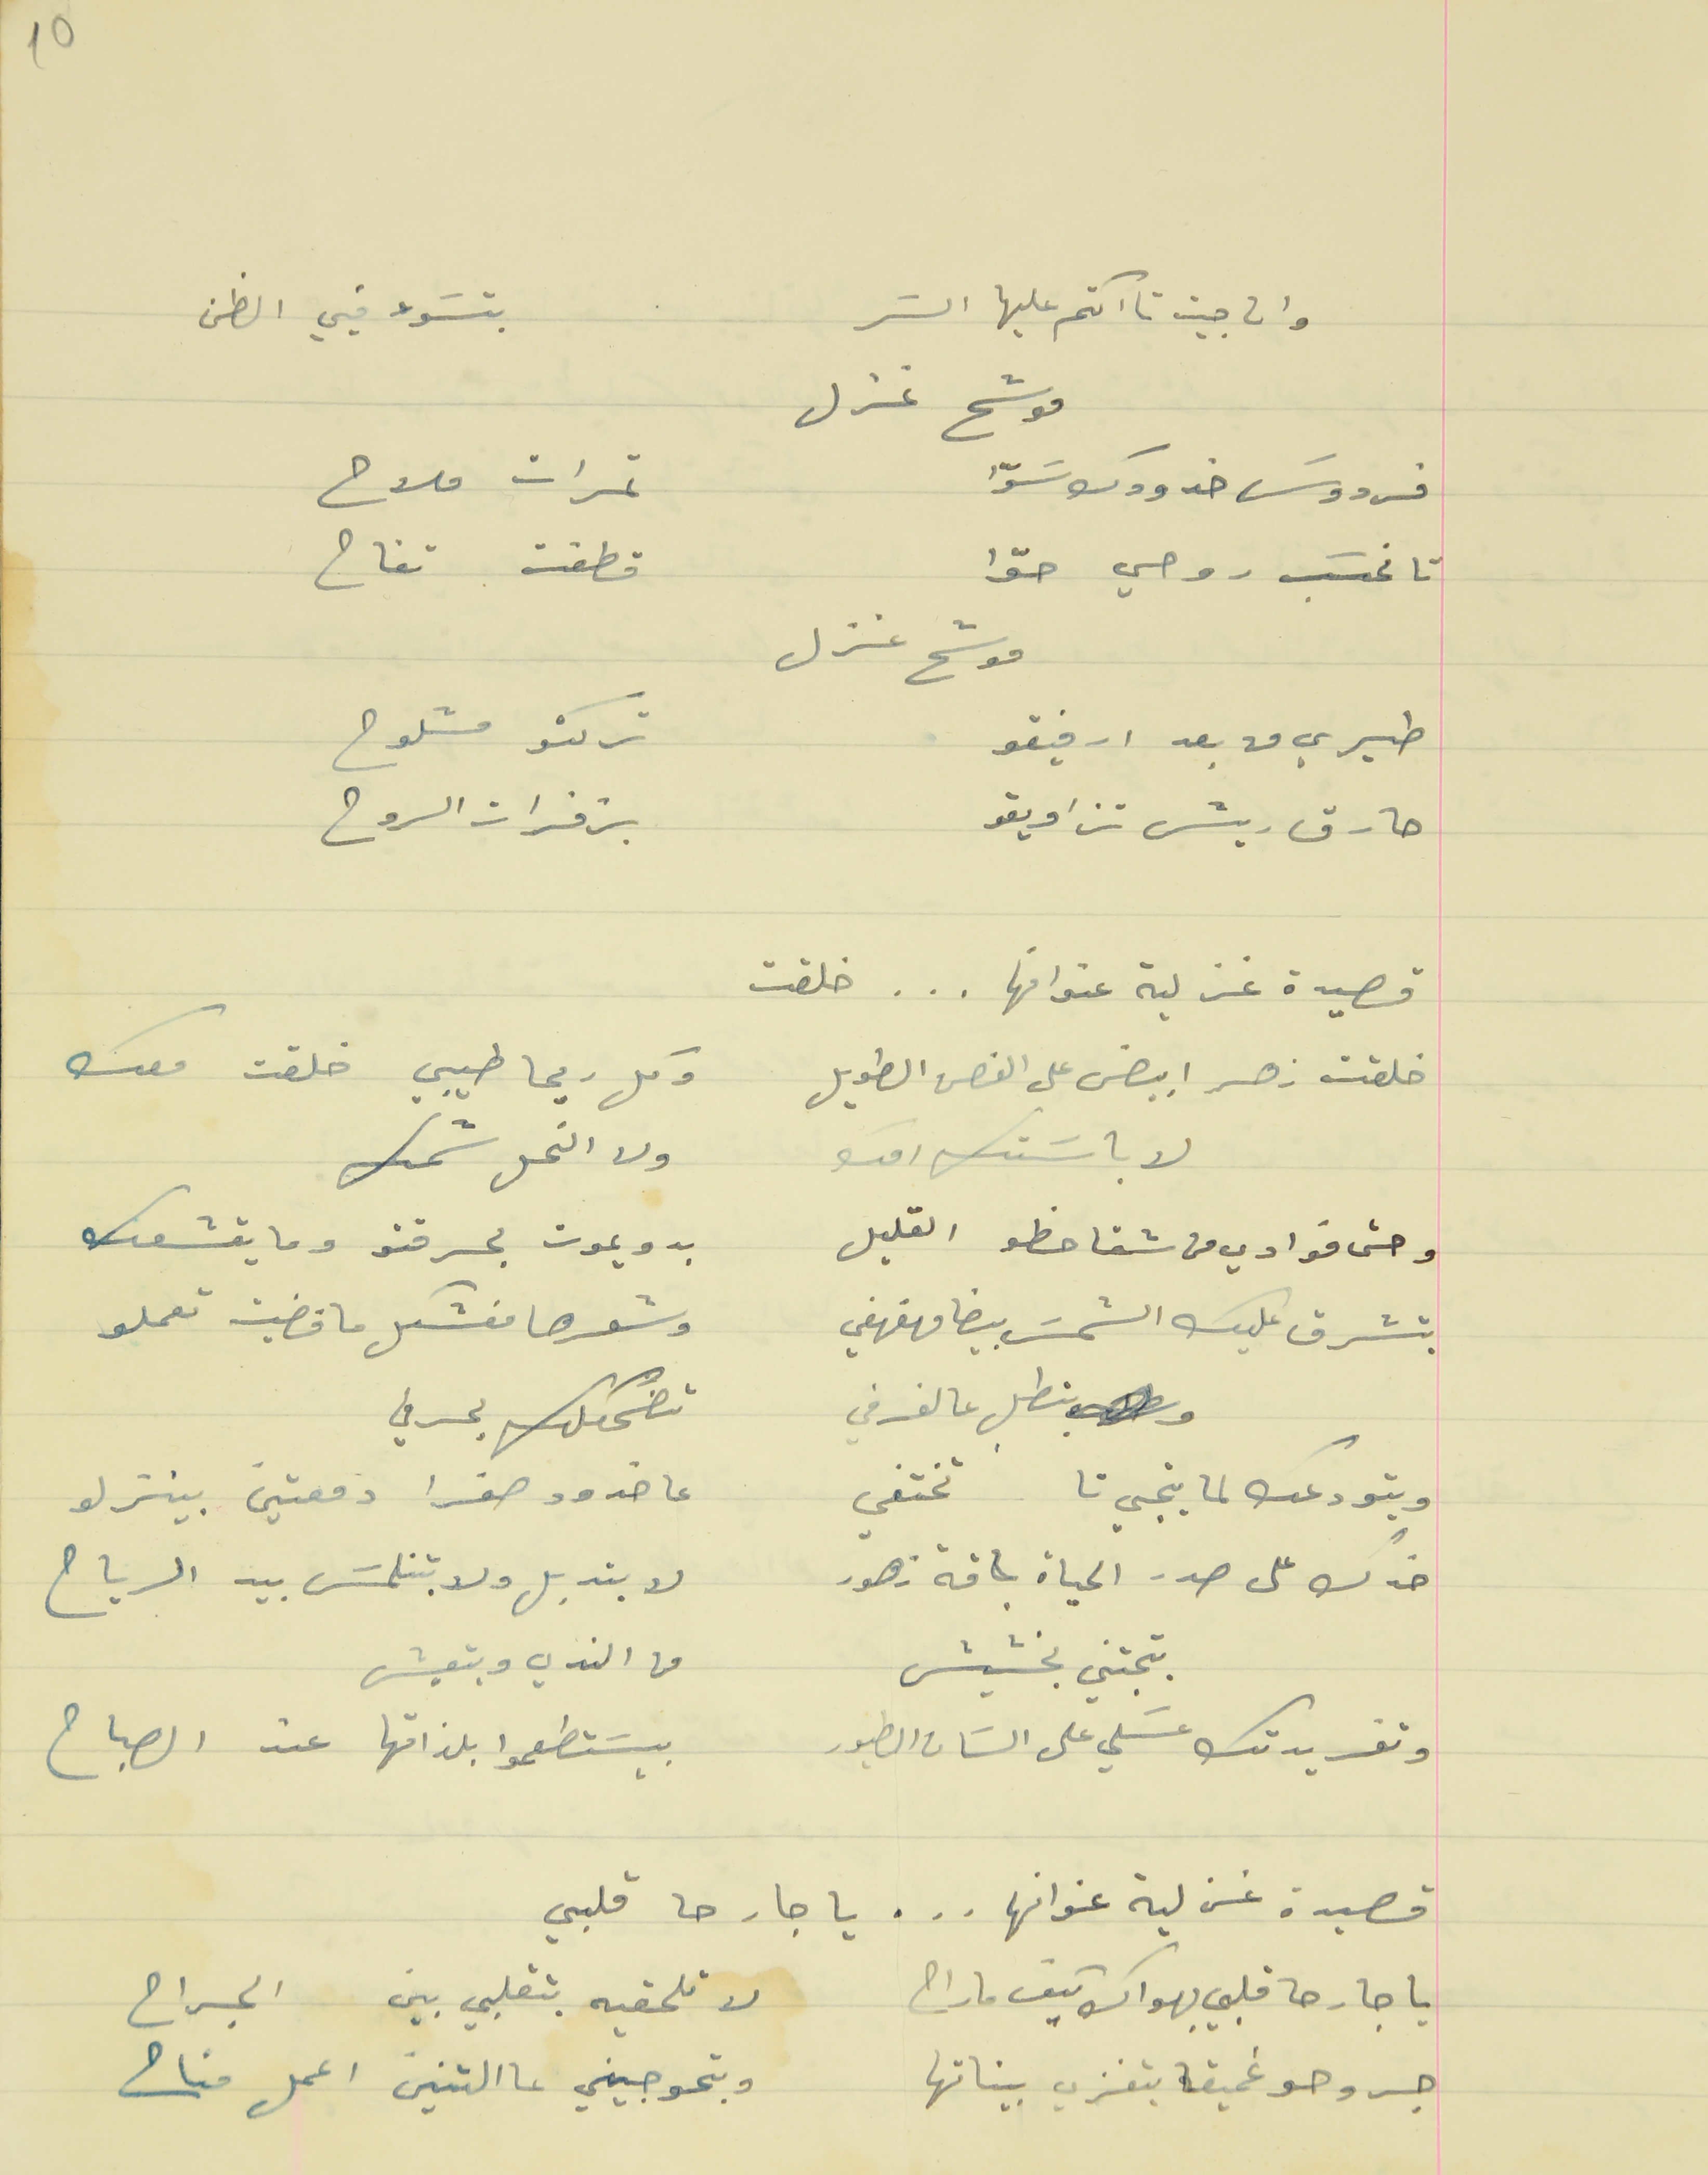
وان جيت تااكتم عليها السَر                                 بتسَوء فيي الظن
فردوسَ خدودك سَوّا                                  ثمرات ملاح
تا نحسَب روحي حوّا                                   قطفت تفاح
موشح غزل
طيري من بعد ارفيقو                                 تركتو مشلوح
حارق ريش تزاويقو                                    بزفرات الروح
قصيدة غزلية عنوانها . . . خلقت
خلقت زهر ابيض على الغصن الطويل                        وكل ريحا طيبي خلقت معك
لا باسَتك امك                                     ولا النحل شمك
وحتى فوادي من شقا حظو القليل                                  بدو يموت بحرقتو وما يقشعك
 بتشرق عليك الشمسَ بيضا مهفهفي                           وشعرها مفشكل ما فضيت تعملو
 بتطل عالغرفي                                    تضحكلك بحرفي
وبتودعك لما بتجي تا تختفي                                  عا خدود صفرا دمعتين بينزلو
خدك على صدر الحياة باقة زهور                                  لا بتدبل ولا بتنلمسَ بيد الرياح
بتجتني بخشيش                                  من الندي وبتعيش
وتغريدتك عسَلي على السَان الطيور                                  بيسَتطعموا بلذاتها عند الصباح
قصيدة غزلية عنوانها . . . يا جارحا قلبي
يا جارحا قلبي بهواك كيف ماراح                                       لا تلحقيه بتقلبي بين الجراح
 جروحو غميقا بتغزي بيناتها                                 وبتحوجيني عالتنين اعمل مناح
10
موشح غزل